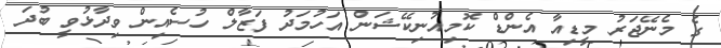
ގެ މެނޭޖަރު މީޑިއާ އެންޑް ކޮމިއުނިކޭޝަން އަހުމަދު ފަޒާލް ހުސެއިން ވިދާޅުވީ ބުދަ